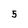
Character: 5